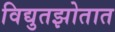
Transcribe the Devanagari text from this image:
विद्युतझोतात